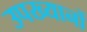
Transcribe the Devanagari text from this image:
उपख्यानों